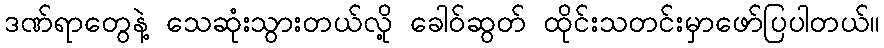
ဒဏ်ရာတွေနဲ့ သေဆုံးသွားတယ်လို့ ခေါဝ်ဆွတ် ထိုင်းသတင်းမှာဖော်ပြပါတယ်။